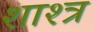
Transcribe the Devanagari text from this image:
शाश्त्र